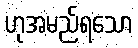
ဟုအမည်ရသော